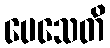
ပေသေတိ